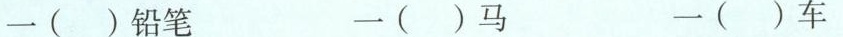
一( )铅笔 一( )马 一( )车